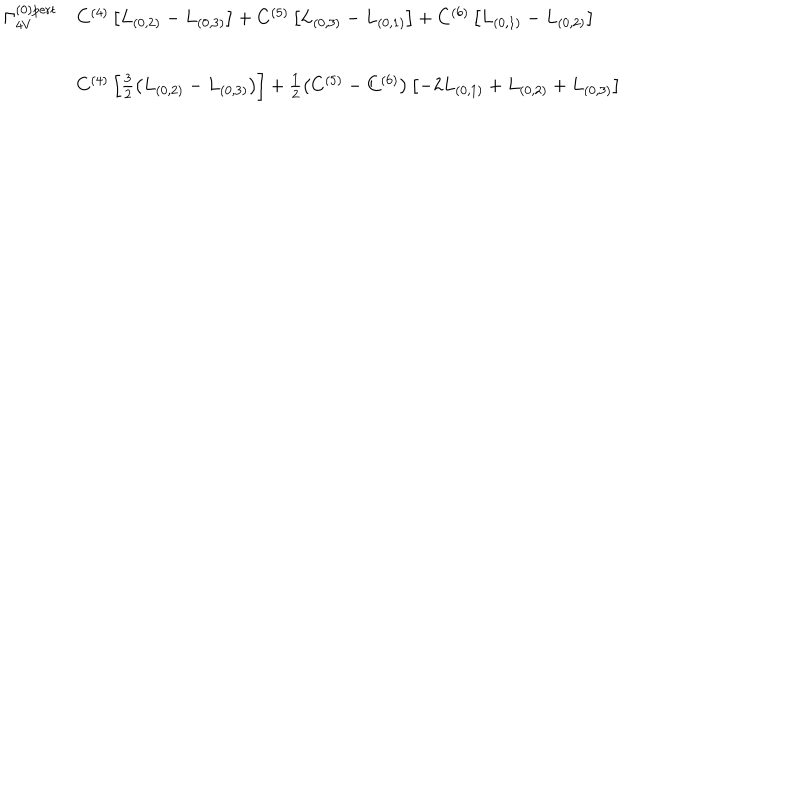
\begin{array} { r l } { { \Gamma _ { 4 V } ^ { ( 0 ) \mathrm { { p e r t } } } } } & { { C ^ { ( 4 ) } \left[ L _ { ( 0 , 2 ) } - L _ { ( 0 , 3 ) } \right] + C ^ { ( 5 ) } \left[ L _ { ( 0 , 3 ) } - L _ { ( 0 , 1 ) } \right] + C ^ { ( 6 ) } \left[ L _ { ( 0 , 1 ) } - L _ { ( 0 , 2 ) } \right] } } \\ { { \mathrm { } } } & { { C ^ { ( 4 ) } \left[ \frac { 3 } { 2 } \left( L _ { ( 0 , 2 ) } - L _ { ( 0 , 3 ) } \right) \right] + \frac { 1 } { 2 } \left( C ^ { ( 5 ) } - C ^ { ( 6 ) } \right) \left[ - 2 L _ { ( 0 , 1 ) } + L _ { ( 0 , 2 ) } + L _ { ( 0 , 3 ) } \right] } } \\ \end{array}